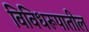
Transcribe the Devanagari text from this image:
विविधरूपातील